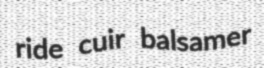
ride cuir balsamer